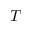
T